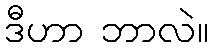
ဒီဟာ ဘာလဲ။